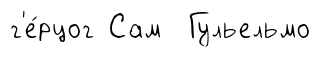
г'е́рцог Сам Гульельмо